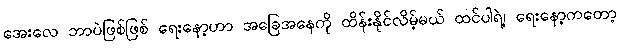
အေးလေ ဘာပဲဖြစ်ဖြစ် ရေးနော့ဟာ အခြေအနေကို ထိန်းနိုင်လိမ့်မယ် ထင်ပါရဲ့၊ ရေးနော့ကတော့